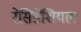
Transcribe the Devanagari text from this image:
रेसिडेंशियल